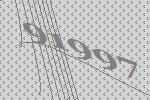
91997